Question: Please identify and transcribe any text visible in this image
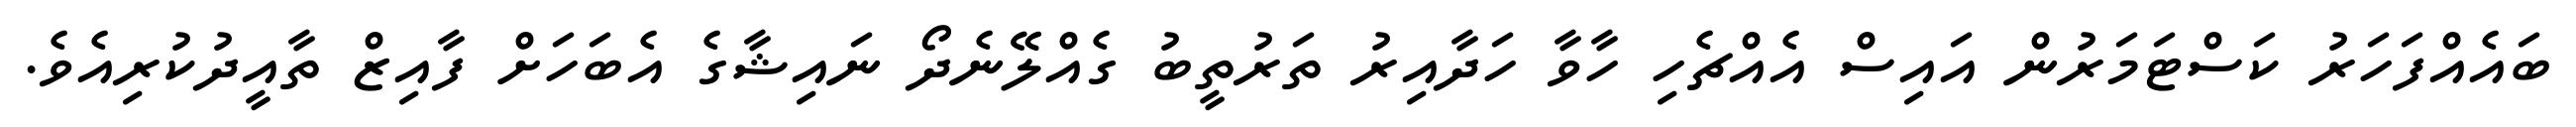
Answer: ބައެއްފަހަރު ކަސްޓަމަރުން އައިސް އެއްޗެހި ހާވާ ހަދާއިރު ތަރުތީބު ގެއްލޭނެދޯ ނައިޝާގެ އެބަހަށް ފާއިޒް ތާއީދުކުރިއެވެ.